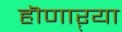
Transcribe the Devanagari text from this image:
हॊणाऱ्या